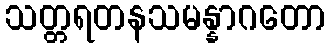
သတ္တရတနသမန္နာဂတော